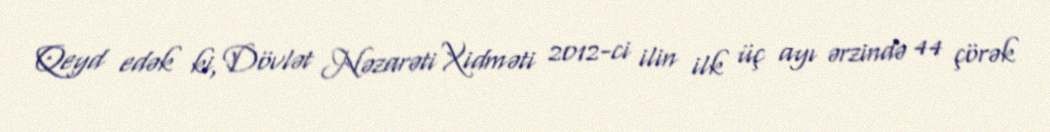
Qeyd edək ki, Dövlət Nəzarəti Xidməti 2012-ci ilin ilk üç ayı ərzində 44 çörək